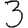
Digit: 3